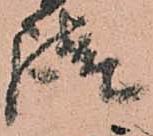
請